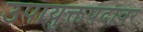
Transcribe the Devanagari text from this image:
उपायुक्तपदावर